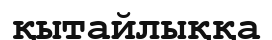
қытайлыққа